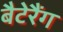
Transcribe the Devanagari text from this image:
बैटेरैंग